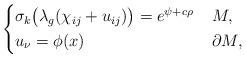
LaTeX: \begin{align*}\left\{\begin{aligned}&\sigma_k\big(\lambda_g(\chi_{ij} + u_{ij})\big) = e^{\psi + c\rho} &&\; M, \\ &u_\nu = \phi(x) && \; \partial M, \end{aligned}\right.\end{align*}